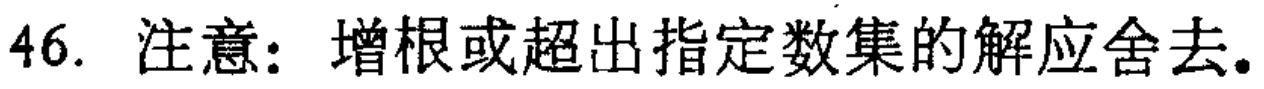
46. 注意：增根或超出指定数集的解应舍去。